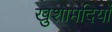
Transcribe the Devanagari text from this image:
खुशामदियों